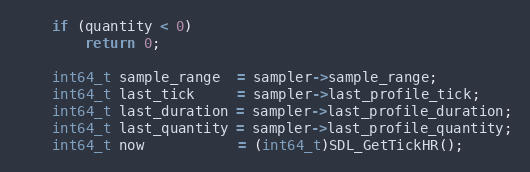
Language: C
    if (quantity < 0)
        return 0;

    int64_t sample_range  = sampler->sample_range;
    int64_t last_tick     = sampler->last_profile_tick;
    int64_t last_duration = sampler->last_profile_duration;
    int64_t last_quantity = sampler->last_profile_quantity;
    int64_t now           = (int64_t)SDL_GetTickHR();